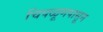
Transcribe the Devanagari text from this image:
चिपळूणपासून